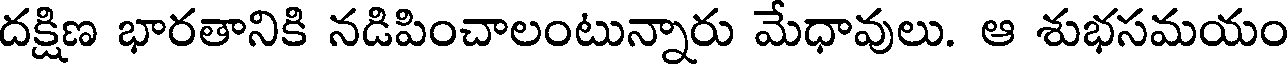
దక్షిణ భారతానికి నడిపించాలంటున్నారు మేధావులు. ఆ శుభసమయం